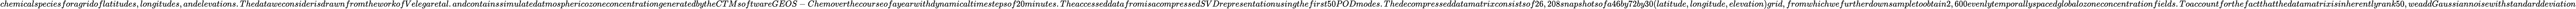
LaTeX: chemicalspeciesforagridoflatitudes,longitudes,andelevations.ThedataweconsiderisdrawnfromtheworkofVelegaretal.andcontainssimulatedatmosphericozoneconcentrationgeneratedbytheCTMsoftwareGEOS-Chemoverthecourseofayearwithdynamicaltimestepsof20minutes.TheaccesseddatafromisacompressedSVDrepresentationusingthefirst50PODmodes.Thedecompresseddatamatrixconsistsof26,208snapshotsofa46by72by30(latitude,longitude,elevation)grid,fromwhichwefurtherdownsampletoobtain2,600evenlytemporallyspacedglobalozoneconcentrationfields.Toaccountforthefactthatthedatamatrixisinherentlyrank50,weaddGaussiannoisewithstandarddeviation